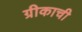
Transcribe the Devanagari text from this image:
ग्रीकाची